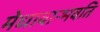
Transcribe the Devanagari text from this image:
मेधावान्भवति